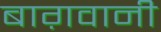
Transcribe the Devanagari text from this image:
बाग़वानी